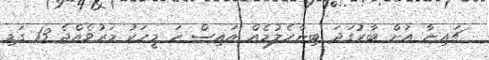
ޗައިނާ އަށް ބާރުގަދަ ބިންހެލުމެއް އައިސް ހަ މީހަކު މަރުވެއްޖެ 13 ގަޑި